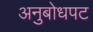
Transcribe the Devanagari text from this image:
अनुबोधपट